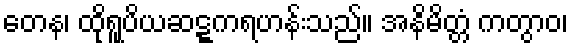
တေန၊ ထိုရူပိယဆဋ္ဋကရဟန်းသည်။ အနိမိတ္တံ ကတွာဝ၊